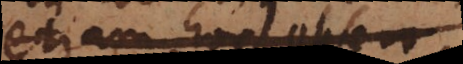
etiam hoc observ